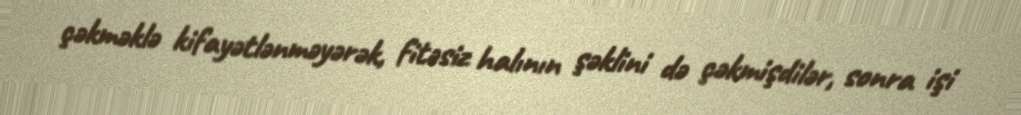
çəkməklə kifayətlənməyərək, fitəsiz halının şəklini də çəkmişdilər, sonra işi